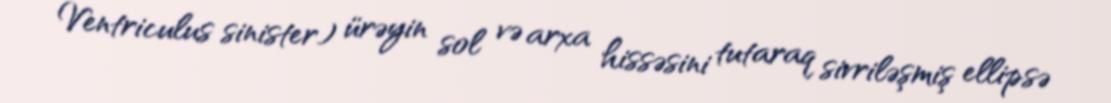
Ventriculus sinister) ürəyin sol və arxa hissəsini tutaraq sivriləşmiş ellipsə